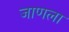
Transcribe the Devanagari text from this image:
जाणला